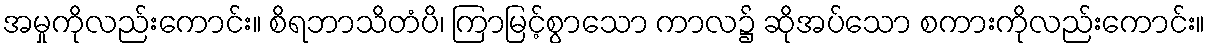
အမှုကိုလည်းကောင်း။ စိရဘာသိတံပိ၊ ကြာမြင့်စွာသော ကာလ၌ ဆိုအပ်သော စကားကိုလည်းကောင်း။